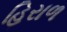
હિરાળ